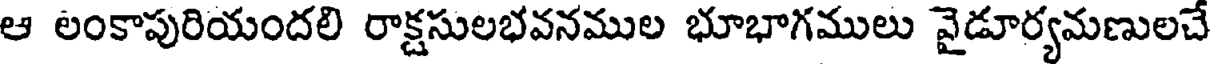
ఆ లంకాపురియందలి రాక్షసులభవనముల భూభాగములు వైడూర్యమణులచే